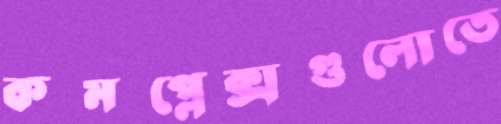
কমপ্লেক্সগুলোতে